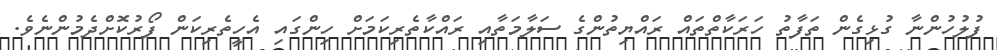
ފުލުހުންނާ ގުޅިގެން ތަފާތު ހަރަކާތްތައް ރައްޔިތުންގެ ސަލާމަތާއި ރައްކާތެރިކަމަށް ހިންގައި އެހީތެރިކަން ފޯރުކޮށްދެމުންނެވެ.